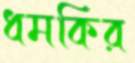
ধমকির